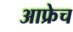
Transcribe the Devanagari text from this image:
आफ्रेच